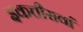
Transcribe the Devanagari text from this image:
इकत्तीसवां